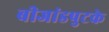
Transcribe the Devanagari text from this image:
बीजांडपुटके